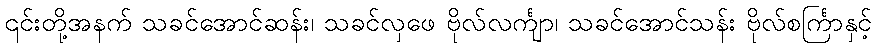
၎င်းတို့အနက် သခင်အောင်ဆန်း၊ သခင်လှဖေ ဗိုလ်လင်္ကျာ၊ သခင်အောင်သန်း ဗိုလ်စင်္ကြာနှင့်